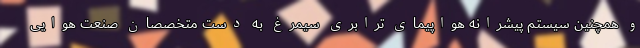
و همچنین سیستم پیشرانه هواپیمای ترابری سیمرغ به دست متخصصان صنعت هوایی